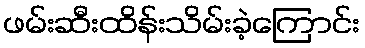
ဖမ်းဆီးထိန်းသိမ်းခဲ့ကြောင်း